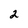
Character: 2